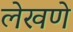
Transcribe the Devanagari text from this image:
लेखणे